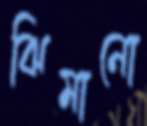
ঝিমানো